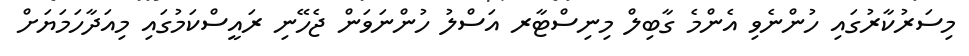
މިސަރުކާރުގައި ހުންނެވި އެންމެ ގާބިލް މިނިސްޓާރ އަސްލު ހުންނަވަން ޖެހޭނި ރައީސްކަމުގައި މިއަދާހަމަޔަށް